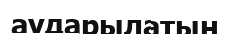
аударылатын